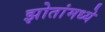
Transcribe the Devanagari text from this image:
झोतांमध्ये